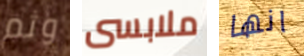
وثم ملابسى انها